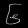
Digit: ၆